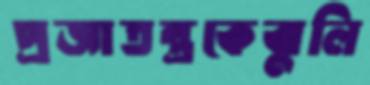
প্রজাতন্ত্রকেঝুলি